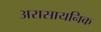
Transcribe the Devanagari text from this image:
अरासायनिक